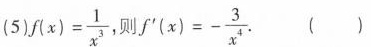
(5)$$f ( x ) = \frac{1}{x^{3}}$$ 则 $$f^{\prime}(x) = - \frac{3}{x^{4}}$$. ()